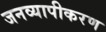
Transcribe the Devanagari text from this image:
जनव्यापीकरण